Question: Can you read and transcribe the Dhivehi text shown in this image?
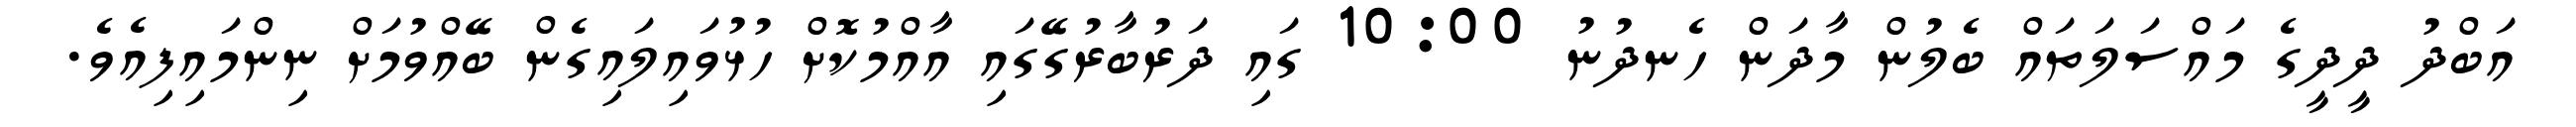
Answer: އަބްދު ދީދީގެ މައްސަލަތައް ބެލުން މާދަން ހެނދުނު 10:00 ގައި ދަރުބާރުގޭގައި އާއްމުކޮށް ހުޅުވައިލައިގެން ބޭއްވުމަށް ނިންމައިފިއެވެ.